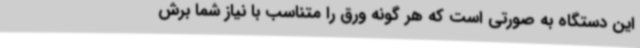
این دستگاه به صورتی است که هر گونه ورق را متناسب با نیاز شما برش